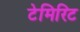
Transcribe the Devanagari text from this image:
टेमिरिट